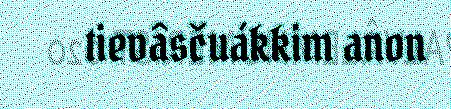
tievâsčuákkim anon